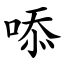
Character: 㖭